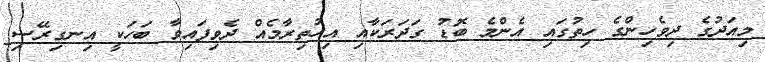
މިއަދުގެ ދިވެހިންގެ ހިތުގައި އެންމެ ބޮޑު ގަދަރަކާއި އިހުތިރާމެއް ދެވިފައިވާ ބަހަކީ އިނގިރޭސި